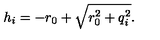
h _ { i } = - r _ { 0 } + \sqrt { r _ { 0 } ^ { 2 } + q _ { i } ^ { 2 } } .